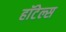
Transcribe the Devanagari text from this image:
हाॅटेल्स